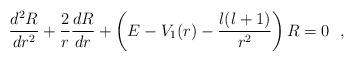
LaTeX: \begin{align*}\frac{d^2R}{dr^2} + \frac{2}{r}\frac{dR}{dr} +\left( E-V_1(r)-\frac{l(l+1)}{r^2} \right) R = 0~~,\end{align*}